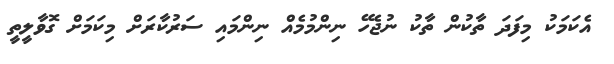
އެކަމަކު މިފަދަ ތާކުން ތާކު ނުޖެހޭ ނިންމުމެއް ނިންމައި ސަރުކާރަށް މިކަމަށް ގޮވާލީތީ